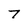
Character: 7